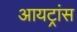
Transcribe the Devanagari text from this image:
आयट्रांस